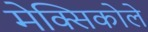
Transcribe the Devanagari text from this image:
मेक्सिकोले